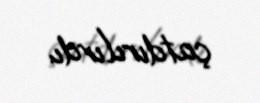
çatdırılırdı.